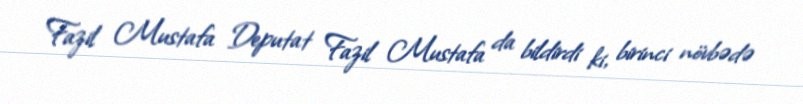
Fazil Mustafa Deputat Fazil Mustafa da bildirdi ki, birinci növbədə